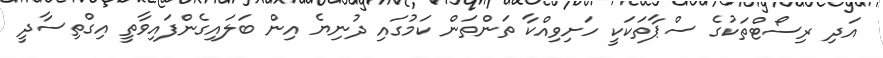
އަދި ރިސޯޓްތަކުގެ ސްޕާތަކަކީ ހަށިވިއްކާ ތަންތަން ކަމުގައި ދުނިޔެ އިން ބަލައިގެންފައިވާތީ އިގްތިސާދީ